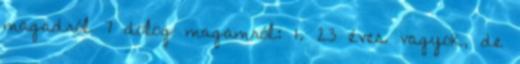
magadról 7 dolog magamról: 1. 23 éves vagyok, de